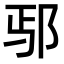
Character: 𫑚